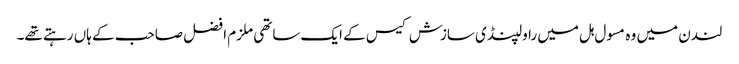
لندن میں وہ مسول ہل میں راولپنڈی سازش کیس کے ایک ساتھی ملزم افضل صاحب کے ہاں رہتے تھے۔